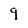
Character: 9